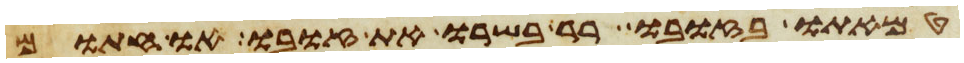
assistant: טמאתו בזובו רר בשרו את זובו או חתום